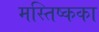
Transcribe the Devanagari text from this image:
मस्तिष्कका